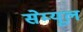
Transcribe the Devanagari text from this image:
सेम्यूल